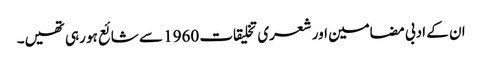
ان کے ادبی مضامین اور شعری تخلیقات 1960 سے شائع ہو رہی تھیں۔